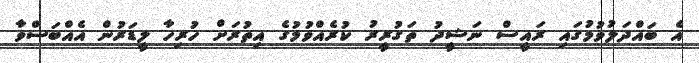
އެ ބައްދަލުވުމުގައި ރައީސް ނަޝީދު ތަގުރީރު ކުރެއްވުމުގެ އިތުރަށް ހުރިހާ ލީޑަރުން އެއްބަސްވާ